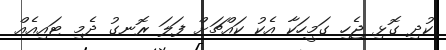
ކުދި ގޮޅި ޖެހި ގަމީހަކާ އެކު ކައްޗަށް ފަލަ ރޮނގު ދެމި ޓައިއެއް